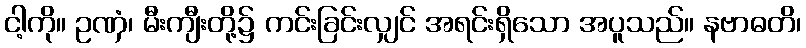
ငါ့ကို။ ဥဏှံ၊ မီးကျီးတို့၌ ကင်းခြင်းလျှင် အရင်းရှိသော အပူသည်။ နဗာဓတိ၊